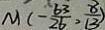
M ( - \frac { 6 3 } { 2 6 } > \frac { 8 } { 1 3 } )